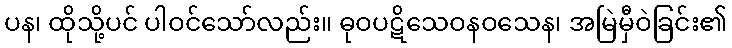
ပန၊ ထိုသို့ပင် ပါဝင်သော်လည်း။ ဓုဝပဋိသေဝနဝသေန၊ အမြဲမှီဝဲခြင်း၏